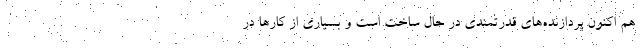
هم اکنون پردازنده‌های قدرتمندی در حال ساخت است و بسیاری از کارها در